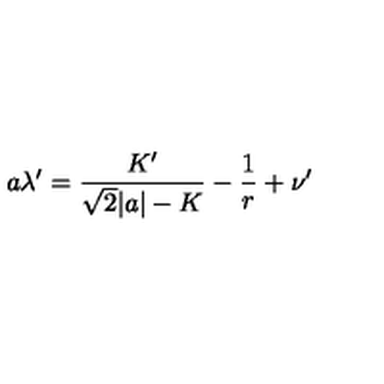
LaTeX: a \lambda ^ { \prime } = \frac { K ^ { \prime } } { \sqrt { 2 } | a | - K } - \frac { 1 } { r } + \nu ^ { \prime }